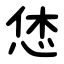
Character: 恷